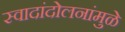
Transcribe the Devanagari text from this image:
स्वादांदोलनांमुळे